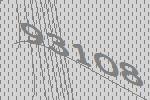
93108